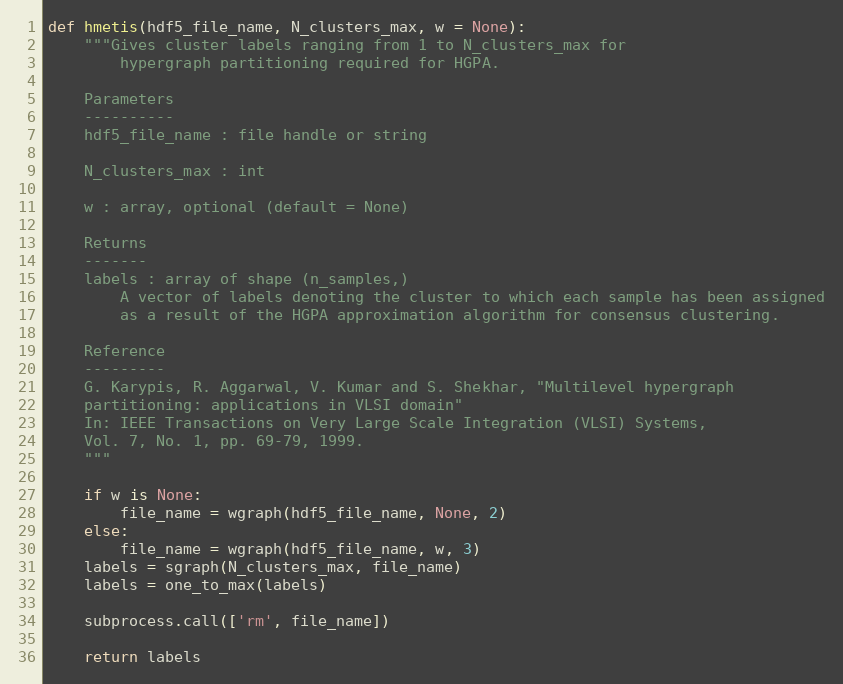
Language: Python
def hmetis(hdf5_file_name, N_clusters_max, w = None):
    """Gives cluster labels ranging from 1 to N_clusters_max for
        hypergraph partitioning required for HGPA.

    Parameters
    ----------
    hdf5_file_name : file handle or string

    N_clusters_max : int

    w : array, optional (default = None)

    Returns
    -------
    labels : array of shape (n_samples,)
        A vector of labels denoting the cluster to which each sample has been assigned
        as a result of the HGPA approximation algorithm for consensus clustering.

    Reference
    ---------
    G. Karypis, R. Aggarwal, V. Kumar and S. Shekhar, "Multilevel hypergraph
    partitioning: applications in VLSI domain"
    In: IEEE Transactions on Very Large Scale Integration (VLSI) Systems,
    Vol. 7, No. 1, pp. 69-79, 1999.
    """

    if w is None:
        file_name = wgraph(hdf5_file_name, None, 2)
    else:
        file_name = wgraph(hdf5_file_name, w, 3)
    labels = sgraph(N_clusters_max, file_name)
    labels = one_to_max(labels)

    subprocess.call(['rm', file_name])

    return labels